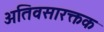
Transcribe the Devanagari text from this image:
अतिवसारक्तक